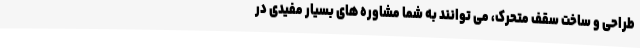
طراحی و ساخت سقف متحرک، می توانند به شما مشاوره های بسیار مفیدی در